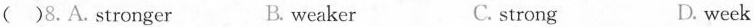
( )8.A.Stronger B. weaker C. strong D. week